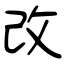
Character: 改